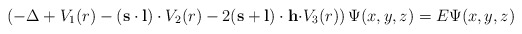
\begin{align*}\left( -\Delta +V_1(r)-\left( {\bf s\cdot l}\right) \cdot V_2(r)-2({\bf s+l})\cdot {\bf h\cdot }V_3(r)\right) \Psi (x,y,z)=E\Psi (x,y,z)\end{align*}